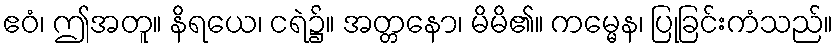
ဧဝံ၊ ဤအတူ။ နိရယေ၊ ငရဲ၌။ အတ္တနော၊ မိမိ၏။ ကမ္မေန၊ ပြုခြင်းကံသည်။